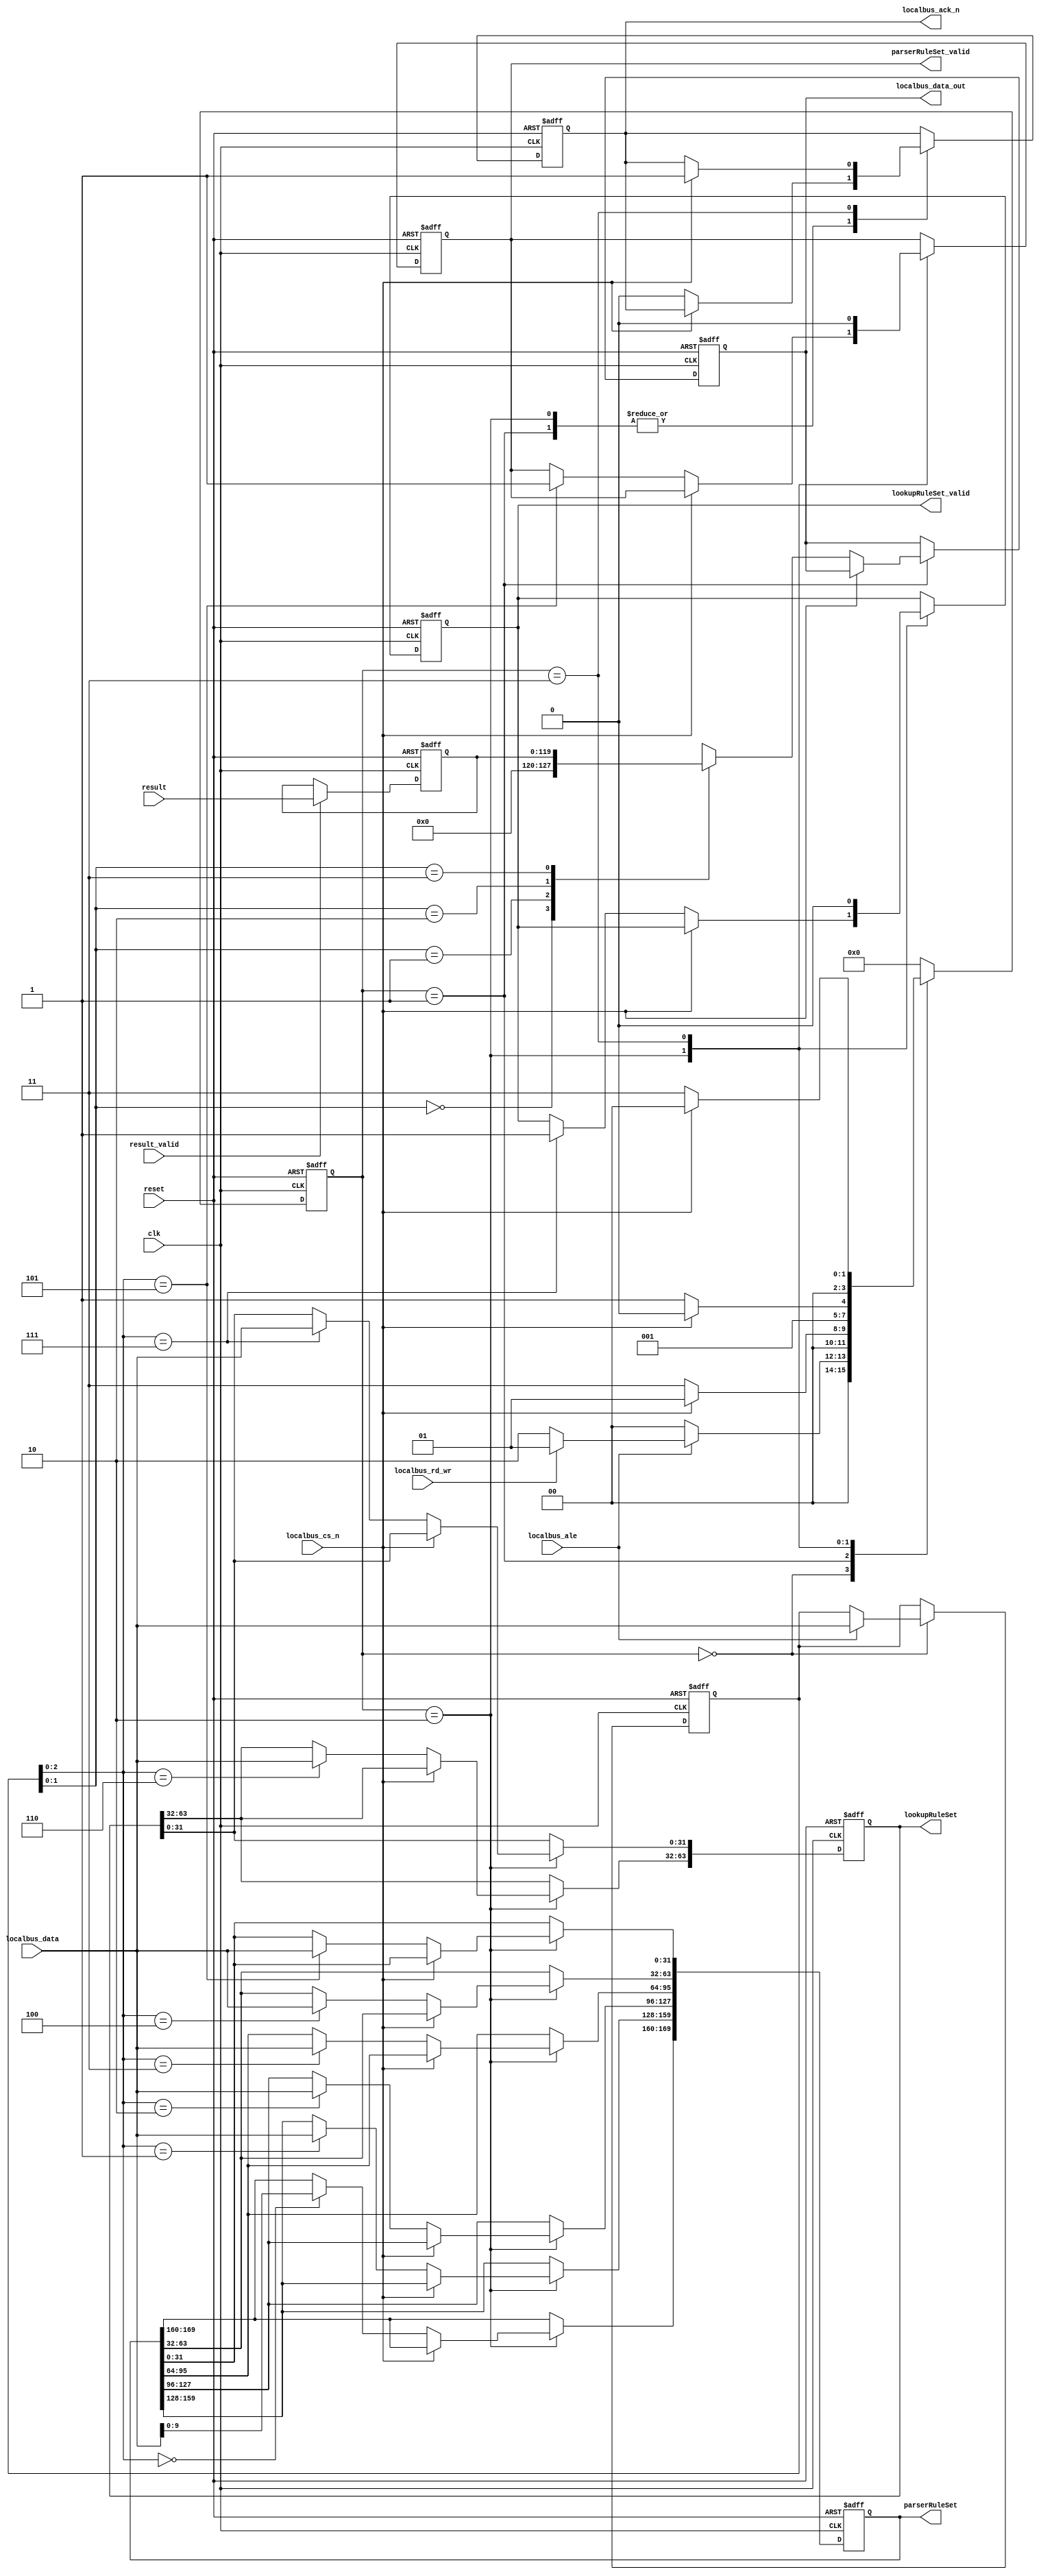

module localbus_manage(
clk,
reset,
localbus_cs_n,
localbus_rd_wr,
localbus_data,
localbus_ale,
localbus_ack_n,
localbus_data_out,

parserRuleSet_valid,
parserRuleSet,
result_valid,
result,
lookupRuleSet_valid,
lookupRuleSet
);
input	clk;
input	reset;
input	localbus_cs_n;
input	localbus_rd_wr;
input	[31:0]	localbus_data;
input	localbus_ale;
output	reg	localbus_ack_n;
output	reg	[31:0] localbus_data_out;

output	reg	parserRuleSet_valid;
output	reg	[169:0]	parserRuleSet;//input Next state; typeLocation; HeadVectorLocation; fieldLocation; ruleNum
						//[169:168]: operationCode 2'd0:read; 2'd1:add; 2'd2:del;
						//[167:128] key:type+state ;
						//[117:120]: nextState;	[119:104]:typeLocation,+ 8bit typeMask;	[103:8]fieldLocations;	[7:0]ruleNum

input	result_valid;
input	[119:0]	result;
output	reg	lookupRuleSet_valid;
output	reg	[63:0]	lookupRuleSet;

reg	[31:0]	localbus_addr;
reg	[119:0]	result_temp;

reg	[3:0]	state;
parameter	idle		= 4'd0,
			read_rule	= 4'd1,
			write_rule	= 4'd2,
			wait_back	= 4'd3;

always @ (posedge clk or negedge reset) begin
	if(!reset) begin
		localbus_ack_n <= 1'b1;
		localbus_data_out <= 32'b0;
		state <= idle;
		parserRuleSet_valid <= 1'b0;
		parserRuleSet <= 170'b0;
		lookupRuleSet_valid <= 1'b0;
		lookupRuleSet <= 64'b0;
		localbus_addr <= 32'b0;
	end
	else begin
		case(state)
			idle: begin
				if(localbus_ale==1'b1) begin
					localbus_addr <= localbus_data;
					if(localbus_rd_wr==1'b1) begin
						state <= read_rule;
					end
					else begin
						state <= write_rule;
					end
				end
				else state <= idle;
			end
			read_rule: begin
				if(localbus_cs_n==1'b0) begin
					localbus_ack_n <= 1'b0;
					state <= wait_back;
					case(localbus_addr[1:0])
						2'd0: localbus_data_out <= {8'b0,result_temp[119:96]};
						2'd1: localbus_data_out <= result_temp[95:64];
						2'd2: localbus_data_out <= result_temp[63:32];
						2'd3: localbus_data_out <= result_temp[31:0];
						default: localbus_data_out <= 32'b0;
					endcase
				end
				else state <= read_rule;
			end
			write_rule: begin
				if(localbus_cs_n==1'b0) begin
					localbus_ack_n <= 1'b0;
					state <= wait_back;
					case(localbus_addr[2:0])
						3'd0: parserRuleSet[169:160] <= localbus_data[9:0];
						3'd1: parserRuleSet[159:128] <= localbus_data;
						3'd2: parserRuleSet[127:96] <= localbus_data;
						3'd3: parserRuleSet[95:64] <= localbus_data;
						3'd4: parserRuleSet[63:32] <= localbus_data;
						3'd5: begin 
							parserRuleSet[31:0] <= localbus_data;
							parserRuleSet_valid <= 1'b1;
						end
						3'd6: lookupRuleSet[63:32]	<= localbus_data;
						3'd7: begin 
							lookupRuleSet[31:0]	<= localbus_data;
							lookupRuleSet_valid <= 1'b1;
						end
						default: begin
						end
					endcase
				end
				else state <= write_rule;
			end
			wait_back: begin
				parserRuleSet_valid <= 1'b0;
				lookupRuleSet_valid <= 1'b0;
				if(localbus_cs_n==1'b1) begin
					state <= idle;
					localbus_ack_n <= 1'b1;
				end
				else state <= wait_back;
			end
			default: state <= idle;
		endcase
	end
end

//result_temp;
always @ (posedge clk or negedge reset) begin
	if(!reset) begin
		result_temp <= 120'b0;
	end
	else begin
		if(result_valid==1'b1) result_temp <= result;
		else result_temp <= result_temp;
	end	
end


endmodule